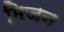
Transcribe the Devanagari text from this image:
मिजन